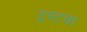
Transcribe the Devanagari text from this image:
ट्रस्टचा